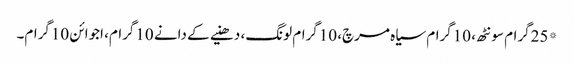
*25گرام سونٹھ، 10گرام سیاہ مرچ، 10گرام لونگ، دھنیے کے دانے 10گرام، اجوائن 10گرام۔